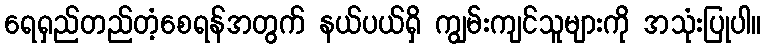
ရေရှည်တည်တံ့စေရန်အတွက် နယ်ပယ်ရှိ ကျွမ်းကျင်သူများကို အသုံးပြုပါ။